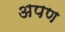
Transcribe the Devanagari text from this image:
अपण